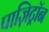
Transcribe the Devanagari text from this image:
पाज़िट्रॉन